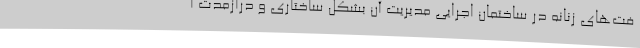
فت‌های زنانه در ساختمان اجرایی مدیریت آن بشکل ساختاری و درازمدت ا